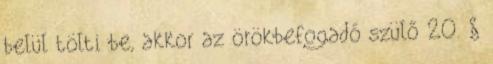
belül tölti be, akkor az örökbefogadó szülő 20. §